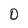
Character: O